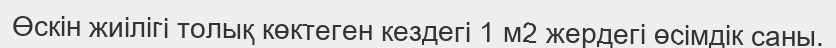
Өскін жиілігі толық көктеген кездегі 1 м2 жердегі өсімдік саны.